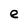
Character: e